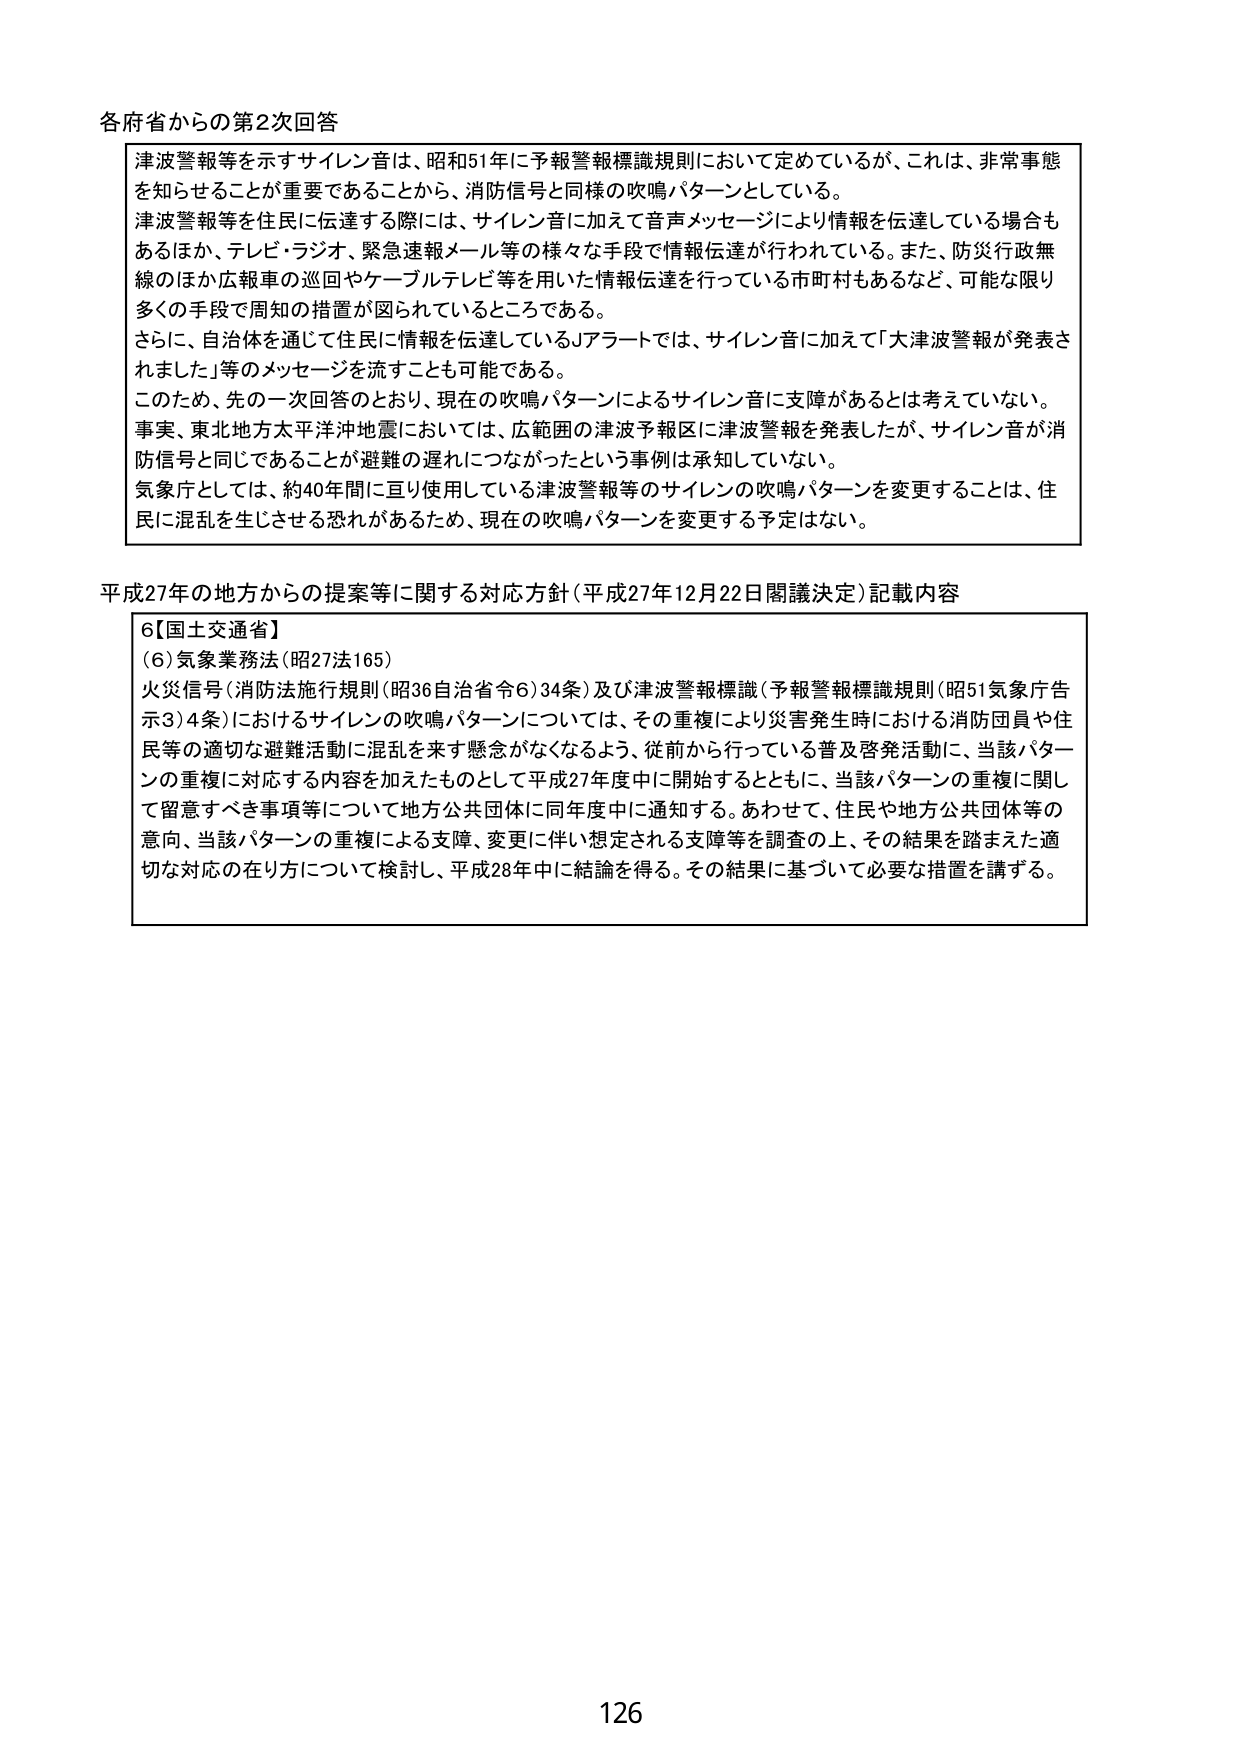
各府省からの第2次回答

津波警報等を示すサイレン音は、昭和51年に予報警報標識規則において定めているが、これは、非常事態を知らせることが重要であることから、消防信号と同様の吹鳴パターンとしている。
津波警報等を住民に伝達する際には、サイレン音に加えて音声メッセージにより情報を伝達している場合もあるほか、テレビ・ラジオ、緊急速報メール等の様々な手段で情報伝達が行われている。また、防災行政無線のほか広報車の巡回やケーブルテレビ等を用いた情報伝達を行っている市町村もあるなど、可能な限り多くの手段で周知の措置が図られているところである。
さらに、自治体を通じて住民に情報を伝達しているJアラートでは、サイレン音に加えて「大津波警報が発表されました」等のメッセージを流すことも可能である。
このため、先の一次回答のとおり、現在の吹鳴パターンによるサイレン音に支障があるとは考えていない。
事実、東北地方太平洋沖地震においては、広範囲の津波予報区に津波警報を発表したが、サイレン音が消防信号と同じであることが避難の遅れにつながったという事例は承知していない。
気象庁としては、約40年間に亘り使用している津波警報等のサイレンの吹鳴パターンを変更することは、住民に混乱を生じさせる恐れがあるため、現在の吹鳴パターンを変更する予定はない。

平成27年の地方からの提案等に関する対応方針（平成27年12月22日閣議決定）記載内容

6【国土交通省】
（6）気象業務法（昭27法165）
火災信号（消防法施行規則（昭36自治省令6）34条）及び津波警報標識（予報警報標識規則（昭51気象庁告示3）4条）におけるサイレンの吹鳴パターンについては、その重複により災害発生時における消防団員や住民等の適切な避難活動に混乱を来す懸念がなくなるよう、従前から行っている普及啓発活動に、当該パターンの重複に対応する内容を加えたものとして平成27年度中に開始するとともに、当該パターンの重複に関して留意すべき事項等について地方公共団体に同年度中に通知する。あわせて、住民や地方公共団体等の意向、当該パターンの重複による支障、変更に伴い想定される支障等を調査の上、その結果を踏まえた適切な対応の在り方について検討し、平成28年中に結論を得る。その結果に基づいて必要な措置を講ずる。

126